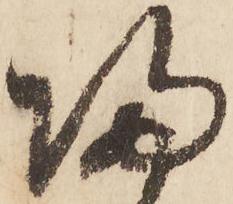
帰